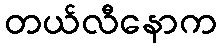
တယ်လီနောက